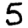
Digit: 5